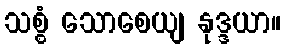
သစ္စံ သောစေယျ နုဒ္ဒယာ။